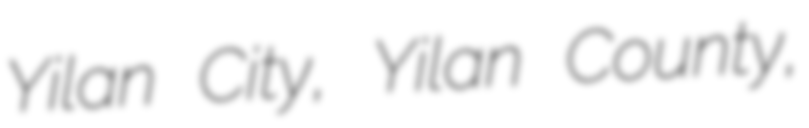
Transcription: Yilan City, Yilan County,